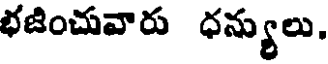
భజించువారు ధన్యులు,